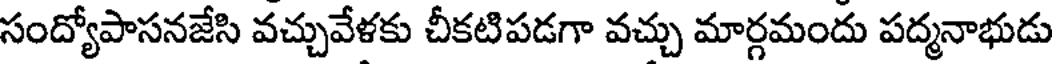
సంద్యోపాసనజేసి వచ్చువేళకు చీకటిపడగా వచ్చు మార్గమందు పద్మనాభుడు